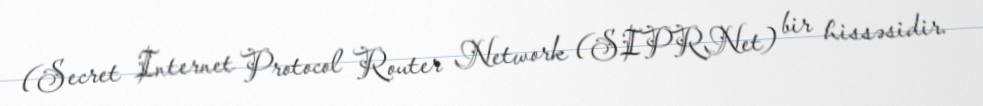
(Secret Internet Protocol Router Network (SIPRNet) bir hissəsidir.